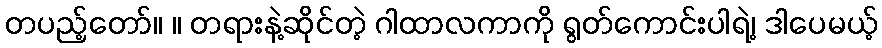
တပည့်တော်။ ။ တရားနဲ့ဆိုင်တဲ့ ဂါထာလကာကို ရွတ်ကောင်းပါရဲ့၊ ဒါပေမယ့်